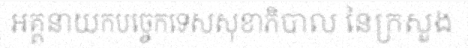
អគ្គនាយកបច្ចេកទេសសុខាភិបាល នៃក្រសួង